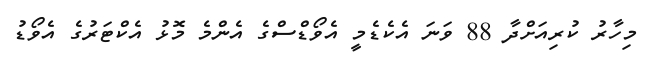
މިހާރު ކުރިއަށްދާ 88 ވަނަ އެކެޑެމީ އެވޯޑްސްގެ އެންމެ މޮޅު އެކްޓަރުގެ އެވޯޑު